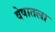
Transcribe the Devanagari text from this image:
वेषातला